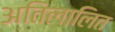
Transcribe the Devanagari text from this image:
अतिलालित